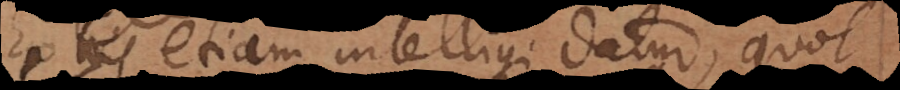
Ex his etiam intelligi datur, quot